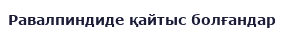
Равалпиндиде қайтыс болғандар